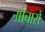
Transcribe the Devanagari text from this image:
औचारों